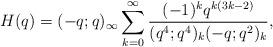
LaTeX: \begin{align*}H(q)=(-q;q)_\infty\sum_{k=0}^\infty\frac{(-1)^kq^{k(3k-2)}}{(q^4;q^4)_k(-q;q^2)_{k}},\end{align*}